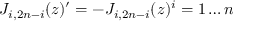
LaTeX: J _ { i , 2 n - i } ( z ) ^ { \prime } = - J _ { i , 2 n - i } ( z ) \sp i = 1 \ldots n